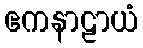
ဧကနာဠာယံ